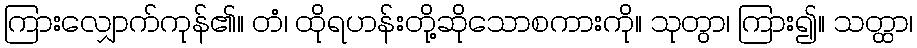
ကြားလျှောက်ကုန်၏။ တံ၊ ထိုရဟန်းတို့ဆိုသောစကားကို။ သုတွာ၊ ကြား၍။ သတ္ထာ၊